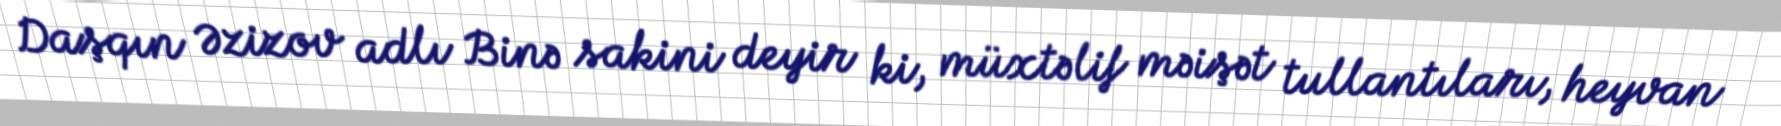
Daşqın Əzizov adlı Binə sakini deyir ki, müxtəlif məişət tullantıları, heyvan